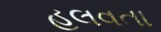
હલવતા